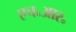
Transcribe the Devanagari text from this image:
एच॰आर॰